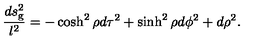
{ \frac { d s _ { \mathrm { g } } ^ { 2 } } { l ^ { 2 } } } = - \cosh ^ { 2 } \rho d \tau ^ { 2 } + \sinh ^ { 2 } \rho d \phi ^ { 2 } + d \rho ^ { 2 } .